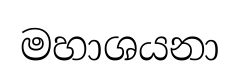
මහාශයනා